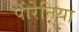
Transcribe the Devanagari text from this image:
पोरेनिया